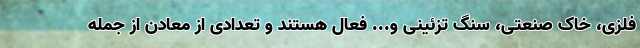
فلزی، خاک صنعتی، سنگ تزئینی و... فعال هستند و تعدادی از معادن از جمله